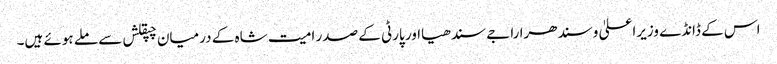
اس کے ڈانڈے وزیراعلیٰ وسندھرا راجے سندھیااور پارٹی کے صدر امیت شاہ کے درمیان چپقلش سے ملے ہوئے ہیں۔